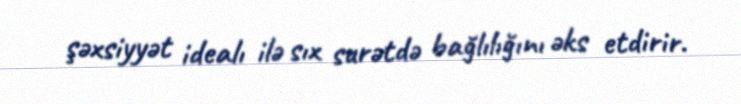
şəxsiyyət idealı ilə sıx surətdə bağlılığını əks etdirir.